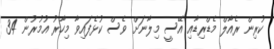
ކުރިން ރެއާލް މެޑްރިޑާއި އޭސީ މިލާނަށް ވެސް ކުޅެފައިވާ މިހާރު އުމުރުން 34